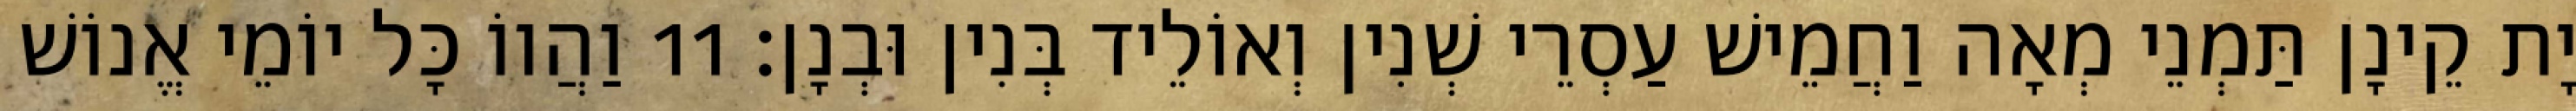
יָת קֵינָן תַּמְנֵי מְאָה וַחֲמֵישׁ עַסְרֵי שְׁנִין וְאוֹלֵיד בְּנִין וּבְנָן׃ 11 וַהֲווֹ כָּל יוֹמֵי אֱנוֹשׁ